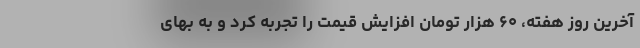
آخرین روز هفته،‌ ۶۰ هزار تومان افزایش قیمت را تجربه کرد و به بهای